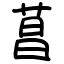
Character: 菖